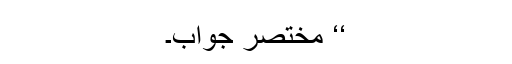
‘‘ مختصر جواب۔